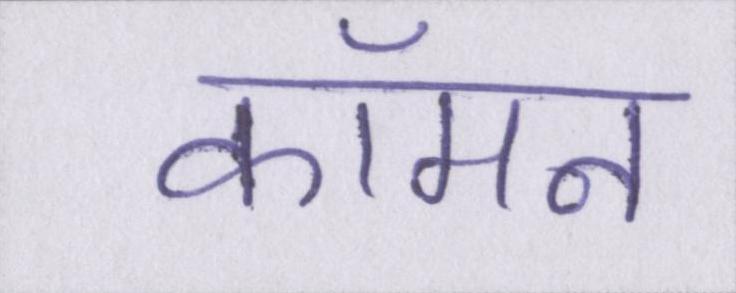
कॉमन